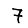
Digit: 7